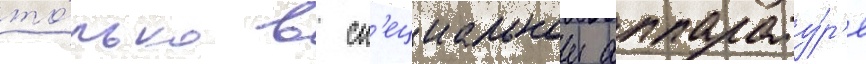
то́лько в сп'ециальнои аппарату́р'е